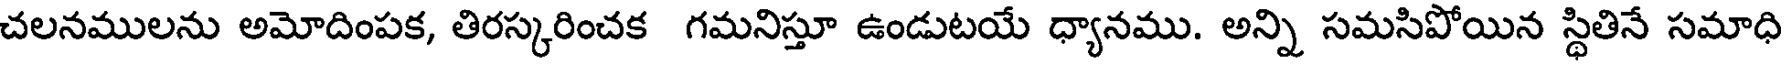
చలనములను అమోదింపక, తిరస్కరించక గమనిస్తూ ఉండుటయే ధ్యానము. అన్ని సమసిపోయిన స్థితినే సమాధి